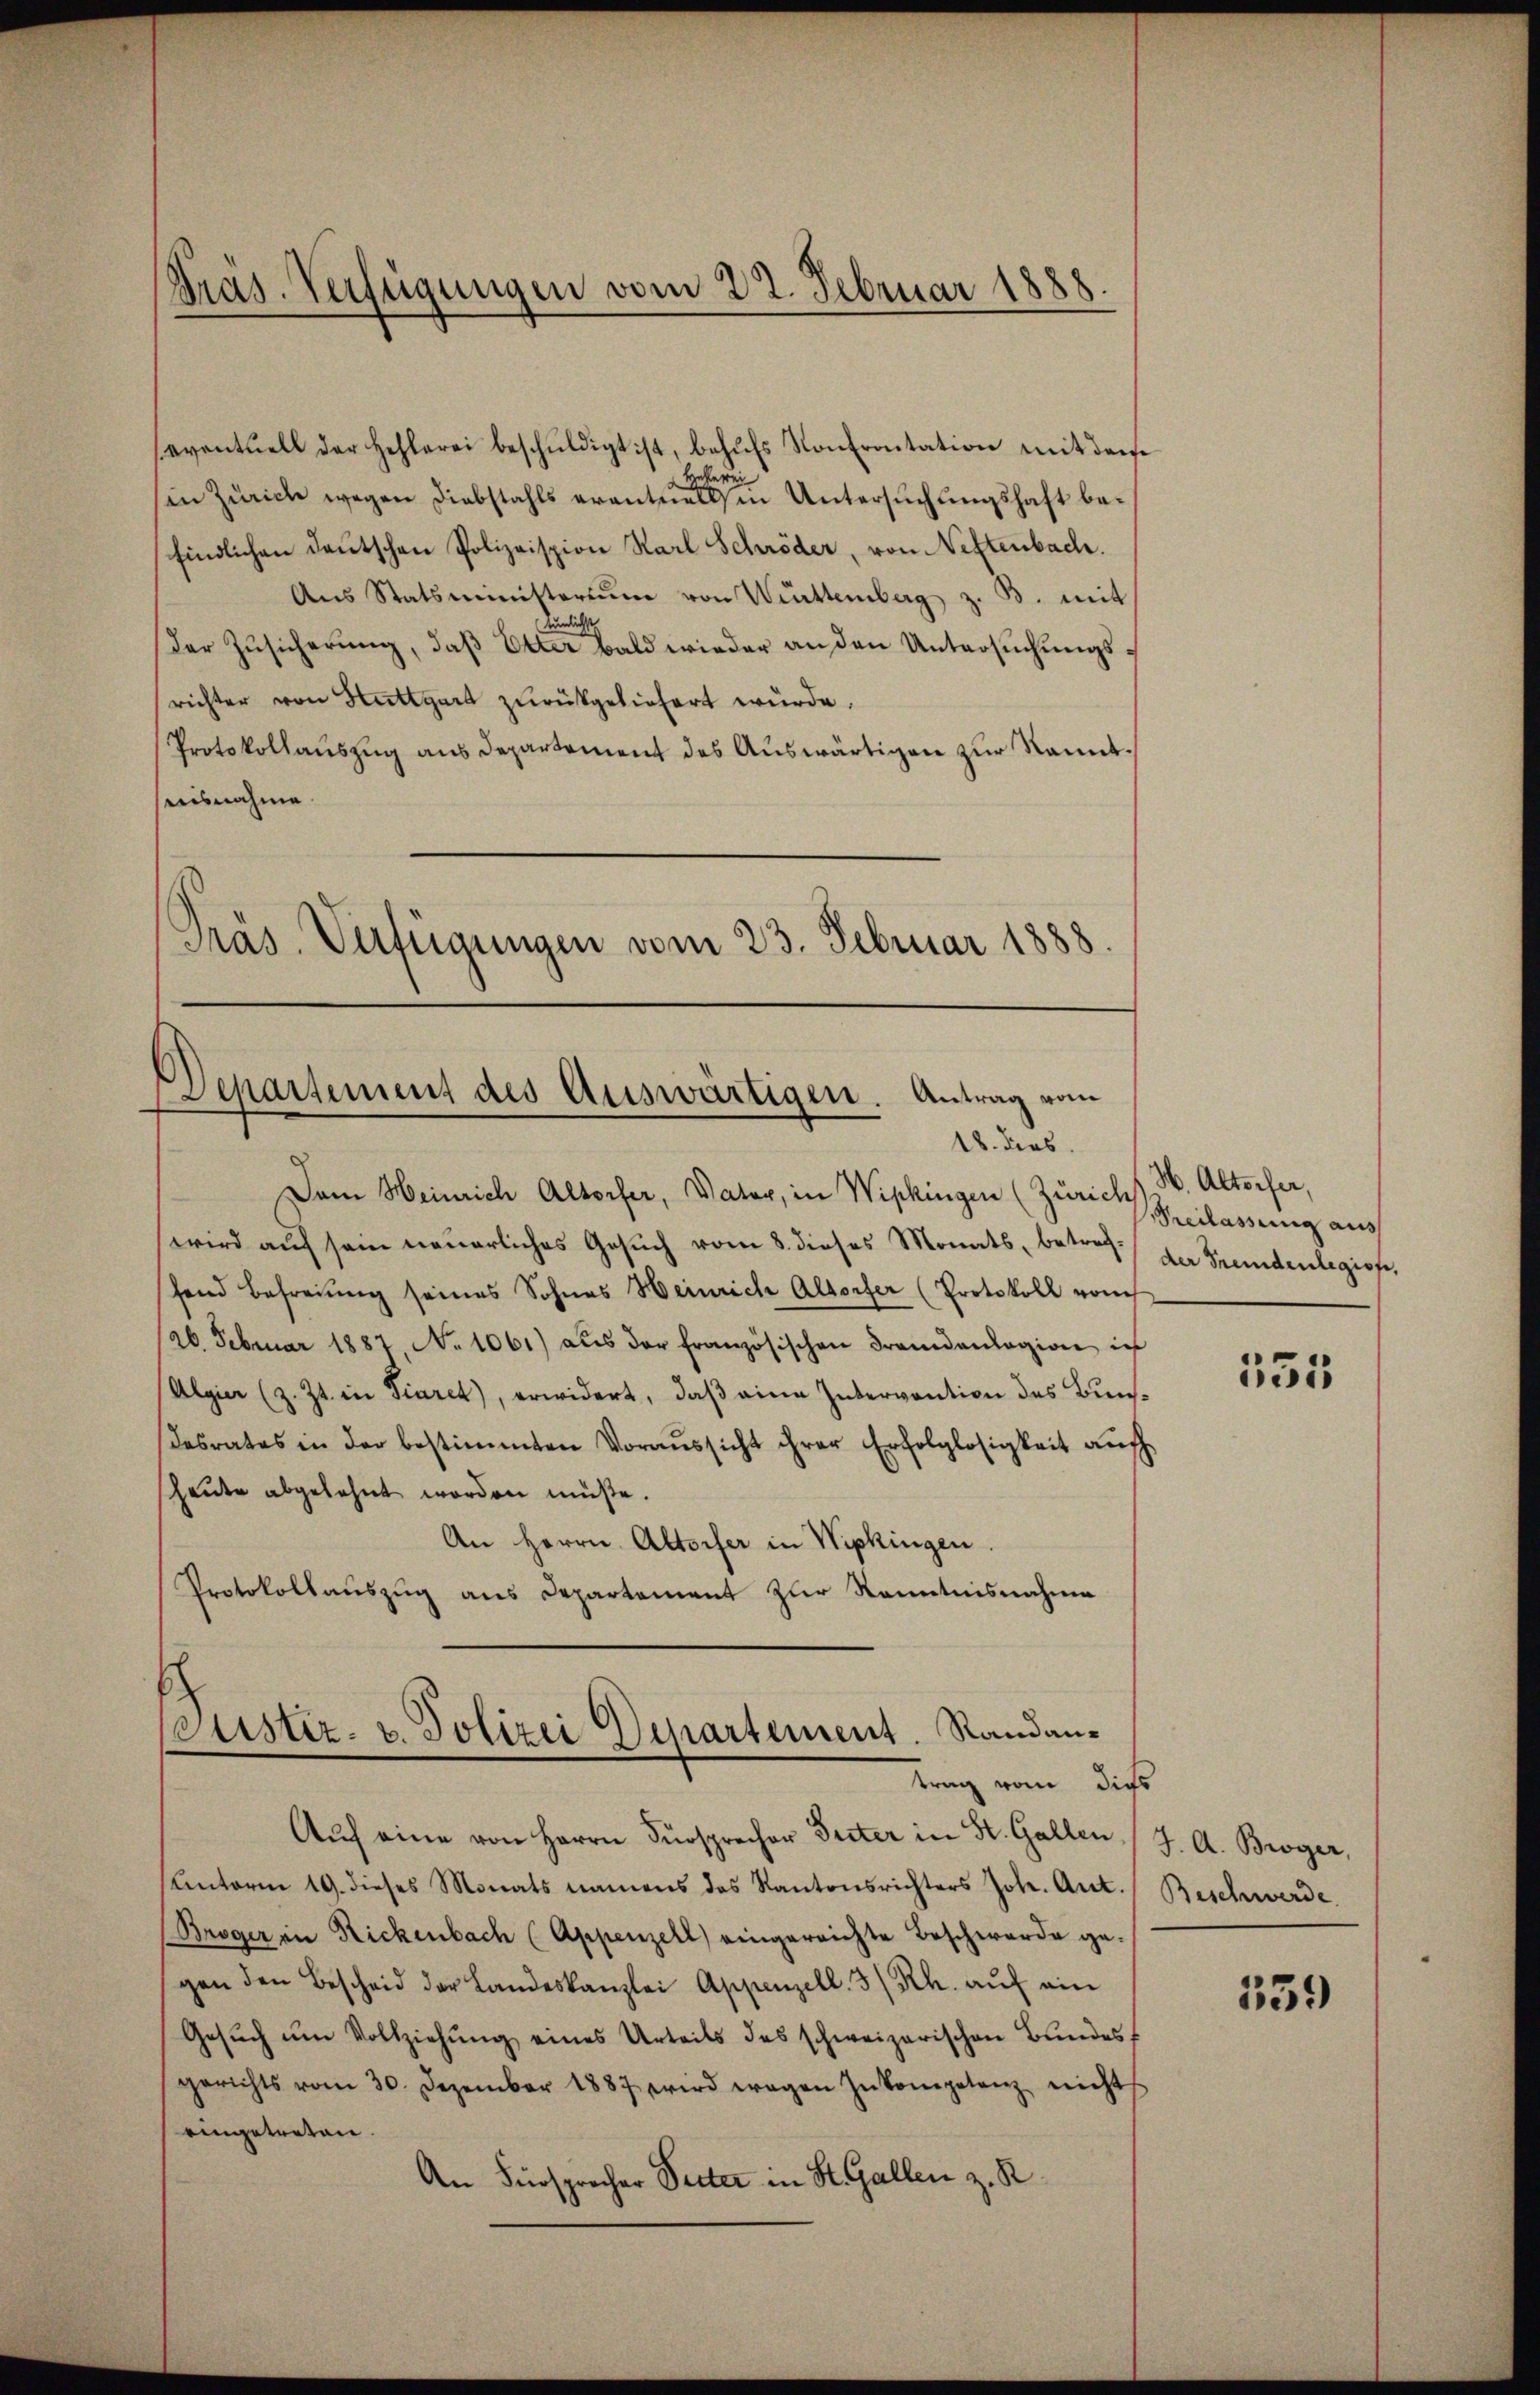
Präs. Verfügungen vom 22. Februar 1888.

eventuell der Hehlerei beschŭldigt ist, behŭfs Konfrontation mit den
Hehlerei
in Zürich wegen Diebstahls eventuell in Untersuchungshaft befindlichen Deutschen Polizeispion Karl Schröder, von Neftenbach.
Ans Statsministerium von Württemberg z. B. mit
unlichste
Der Zusicherung, daß Otter bald wieder an den Untersuchungsrichter von Stuttgart zurückgeliefert würde.
Protokollauszug aus Departement des Auswärtigen zur kanntaisnahme.
Präs. Verfügungen vom 23. Februar 1888.

Departement des Auswärtigen. Antrag vom
18. dies

Dem Heinrich Altorfer, Vater, in Wipkingen (Zürichs H. Altorfer,
wird auf sein neuerliches Gesuch vom 8. dieses Monats, betrefhend Befreiung seines Sohnes Heinrich Altorfer (Protokoll vom
26. Februar 1887, No 1061) aus der französischen Frandanlagion in
Algier (z. Zt. in Fiuret), erwidert, daß eine Intervention des Bunsdesrates in der bestimmten Voraussicht ihrer Erfolglosigkeit auch
sheŭte abgelehnt worden müße.
An Herrn Altorfer in Wipkingen.
Protokollauszug aus Departement zur Kenntnisnahme
Justiz- u. Polizei Departement. Randantrag vom dies
Aŭf eine von Herrn Fürsprecher Seiter in St. Gallen (J. A. Broger,
Unterm 19. dieses Monats namens des Kantonsrichters Joh. Ant. Beschwerde
Broger in Rickenbach (Appenzell) eingereichte Beschwerde ge-
gen den Bescheid der Landeskanzlei Appenzell. 3/Rh. aŭf ein
Gesŭch ŭm Vollziehŭng eines Urteils des schweizerischen Bŭndesf
gerichts vom 30. Dezember 1887 wird wegen Inkompetenz nichts
eingetreten.
An Fürsprocher Seiter in St. Gallen z. R.

Freilassung aus
der Tendenlegion,

535

139